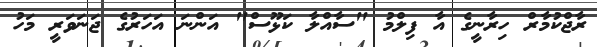
ރާޖްކުމާރް ހިރާނީގެ އާ ފިލްމު "ސާއްލާ ކަޅޫސް" އަންނަ އަހަރުގެ ޖަނަވަރީ މަހު